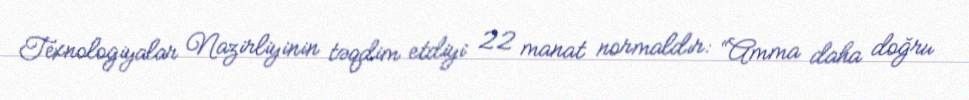
Texnologiyalar Nazirliyinin təqdim etdiyi 22 manat normaldır: “Amma daha doğru